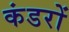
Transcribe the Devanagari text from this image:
कंडरों